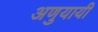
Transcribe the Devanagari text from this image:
अणुयायी